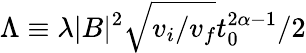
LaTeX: \Lambda\equiv\lambda|B|^{2}\sqrt{v_{i}/v_{f}}t_{0}^{2\alpha-1}/2